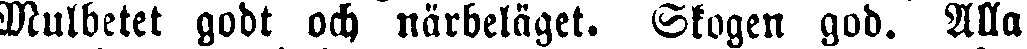
Mulbetet godt och närbeläget. Skogen god. Alla